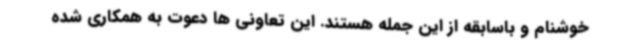
خوشنام و باسابقه از این جمله هستند. این تعاونی ها دعوت به همکاری شده